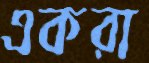
একরা